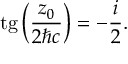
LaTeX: \mathrm { t g } \left( \frac { z _ { 0 } } { 2 { \hbar } c } \right) = - \frac { i } { 2 } .